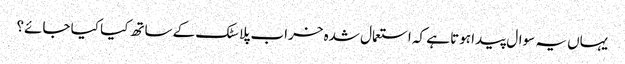
یہاں یہ سوال پیدا ہوتا ہے کہ استعمال شدہ خراب پلاسٹک کے ساتھ کیا کیا جائے؟